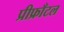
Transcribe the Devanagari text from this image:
प्रीफ्राँटल